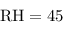
\mathrm { R H } = 4 5 \